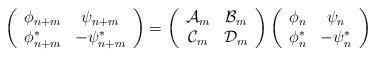
LaTeX: \begin{align*}\left(\begin{array}{cc}\phi_{n+m} & \psi_{n+m}\\\phi_{n+m}^* & -\psi_{n+m}^*\end{array}\right)=\left(\begin{array}{cc}{\cal A}_m & {\cal B}_m\\{\cal C}_m & {\cal D}_m\end{array}\right)\left(\begin{array}{cc}\phi_{n} & \psi_{n}\\\phi_{n}^* & -\psi_{n}^*\end{array}\right)\end{align*}